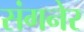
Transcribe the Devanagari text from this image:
संगनेर